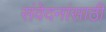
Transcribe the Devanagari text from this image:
संवेदनांसाठी